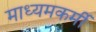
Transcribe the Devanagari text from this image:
माध्यमकर्मी